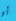
أو